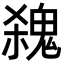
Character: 𩳃